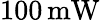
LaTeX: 100\, \mathrm{mW}